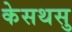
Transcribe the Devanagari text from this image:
केसथसु